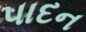
પાદન